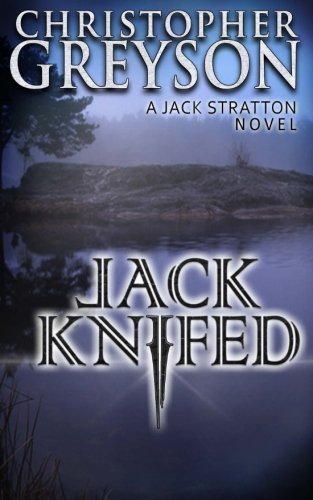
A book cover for Jack Knifed; Christopher Greyson; Mystery, Thriller & Suspense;